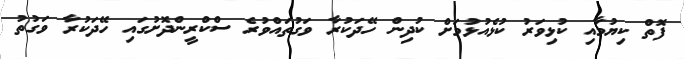
ފޮތް ކިޔުމާއި ކުޅިވަރު ކުޅެއުޅުމަށް ކުދިން ހޭދަކުރާ ވަގުތައްވުރެ ސްކްރީންދޮށުގައި ހޭދަކުރާ ވަގުތު